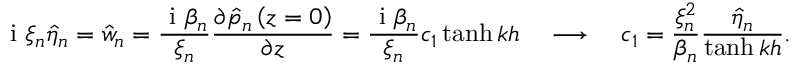
\mathrm { ~ i ~ } \xi _ { n } \hat { \eta } _ { n } = \hat { w } _ { n } = \frac { \mathrm { ~ i ~ } \beta _ { n } } { \xi _ { n } } \frac { \partial \hat { p } _ { n } \left( z = 0 \right) } { \partial z } = \frac { \mathrm { ~ i ~ } \beta _ { n } } { \xi _ { n } } c _ { 1 } \operatorname { t a n h } { k h } \ \ \ \longrightarrow \ \ \ c _ { 1 } = \frac { \xi _ { n } ^ { 2 } } { \beta _ { n } } \frac { \hat { \eta } _ { n } } { \operatorname { t a n h } { k h } } .